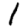
Digit: 1